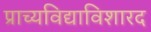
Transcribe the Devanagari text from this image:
प्राच्यविद्याविशारद